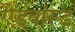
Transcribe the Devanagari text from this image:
ऐडवांस्ड